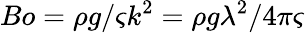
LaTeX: Bo=\rho g/\varsigma k^{2}=\rho g\lambda^{2}/4\pi\varsigma